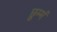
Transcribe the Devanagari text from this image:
छुम्मं